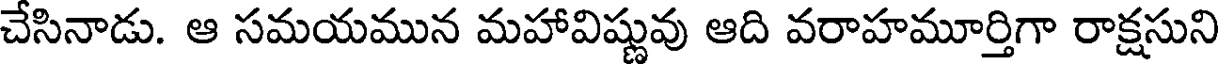
చేసినాడు. ఆ సమయమున మహావిష్ణువు ఆది వరాహమూర్తిగా రాక్షసుని